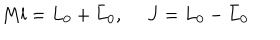
LaTeX: M l = L _ { 0 } + \bar { L } _ { 0 } , \ J = L _ { 0 } - \bar { L } _ { 0 }